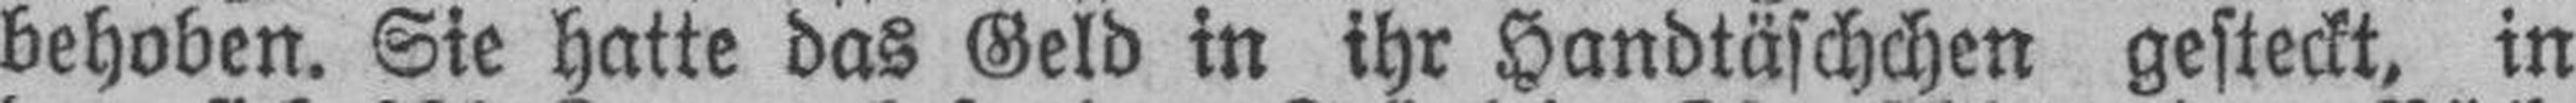
behoben. Sie hatte das Geld in ihr Handtäschchen gesteckt, in